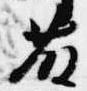
藤